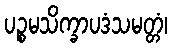
ပဉ္စမသိက္ခာပဒံသမတ္တံ၊